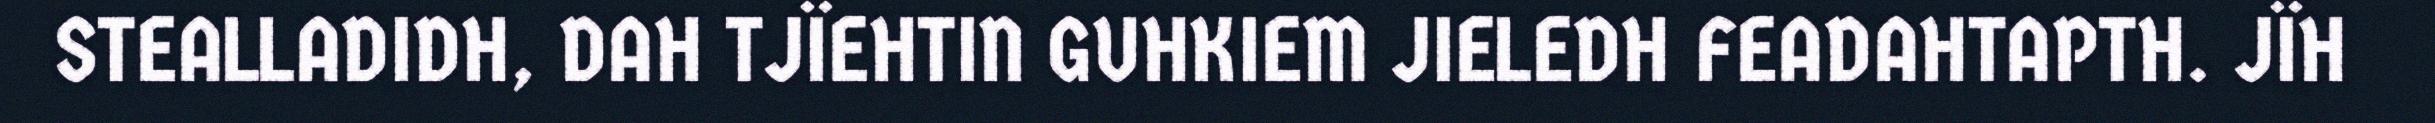
STEALLADIDH, DAH TJÏEHTIN GUHKIEM JIELEDH FEADAHTAPTH. JÏH